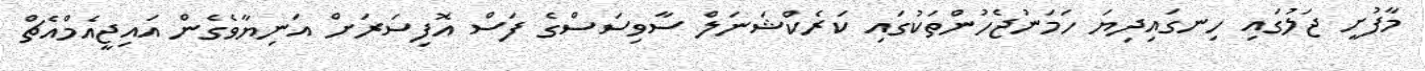
މާފުށީ ޖަލުގައި ހިނގައިދިޔަ ހަމަނުޖެހުންތަކުގައި ކަރެކްޝަނަލް ސާވިސަސްގެ ފަސް އޮފިސަރަށް އަނިޔާވެގެން އައިޖީއެމްއެޗް